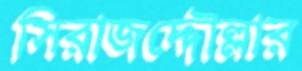
সিরাজদ্দৌল্লার